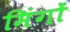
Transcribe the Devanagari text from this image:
मिंगों